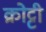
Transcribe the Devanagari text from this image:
क्रोट्टी